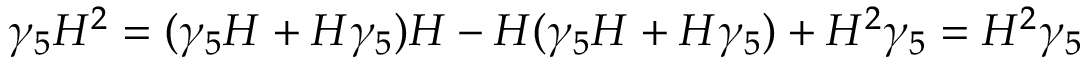
\gamma _ { 5 } H ^ { 2 } = ( \gamma _ { 5 } H + H \gamma _ { 5 } ) H - H ( \gamma _ { 5 } H + H \gamma _ { 5 } ) + H ^ { 2 } \gamma _ { 5 } = H ^ { 2 } \gamma _ { 5 }